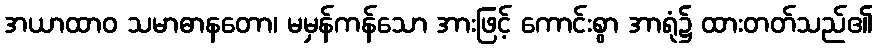
အယာထာဝ သမာဓာနတော၊ မမှန်ကန်သော အားဖြင့် ကောင်းစွာ အာရုံ၌ ထားတတ်သည်၏